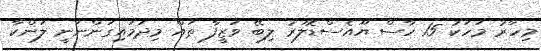
މިހާރު މަހަކު 15 ހާސް ޔޫއެސްޑޮލަރު ލިބޭ ވަޒީފާ ތައް މިދަމައިގަންނަނީ ލަންކާ